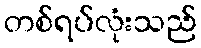
တစ်ရပ်လုံးသည်